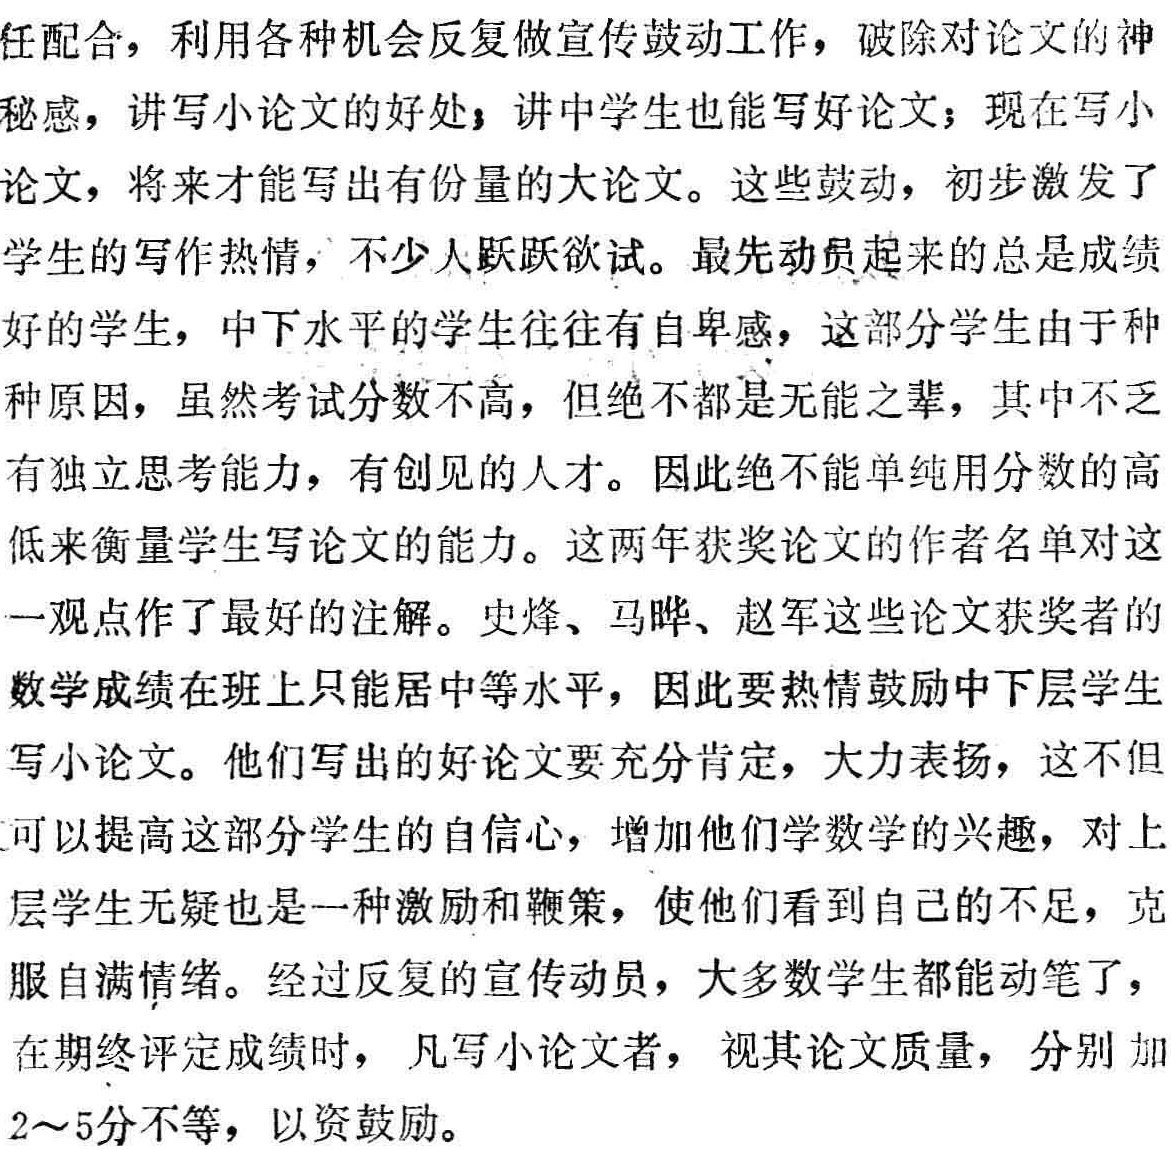
任配合，利用各种机会反复做宣传鼓动工作，破除对论文的神秘感，讲写小论文的好处，讲中学生也能写好论文；现在写小论文，将来才能写出有份量的大论文。这些鼓动，初步激发了学生的写作热情，不少人跃跃欲试。最先动员起来的总是成绩好的学生，中下水平的学生往往有自卑感，这部分学生由于种种原因，虽然考试分数不高，但绝不都是无能之辈，其中不乏有独立思考能力，有创见的人才。因此绝不能单纯用分数的高低来衡量学生写论文的能力。这两年获奖论文的作者名单对这一观点作了最好的注解。史烽、马晔、赵军这些论文获奖者的数学成绩在班上只能居中等水平，因此要热情鼓励中下层学生写小论文。他们写出的好论文要充分肯定，大力表扬，这不但可以提高这部分学生的自信心，增加他们学数学的兴趣，对上层学生无疑也是一种激励和鞭策，使他们看到自己的不足，克服自满情绪。经过反复的宣传动员，大多数学生都能动笔了，在期终评定成绩时，凡写小论文者，视其论文质量，分别加2～5分不等，以资鼓励。